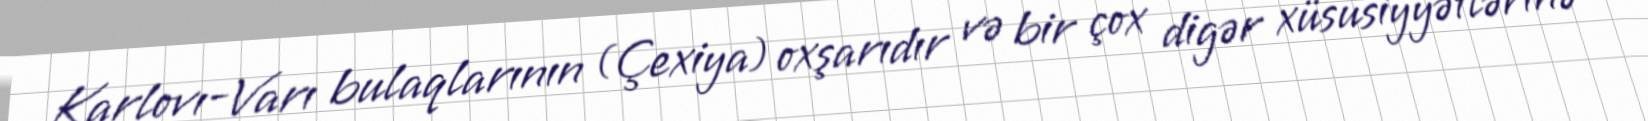
Karlovı-Varı bulaqlarının (Çexiya) oxşarıdır və bir çox digər xüsusiyyətlərinə